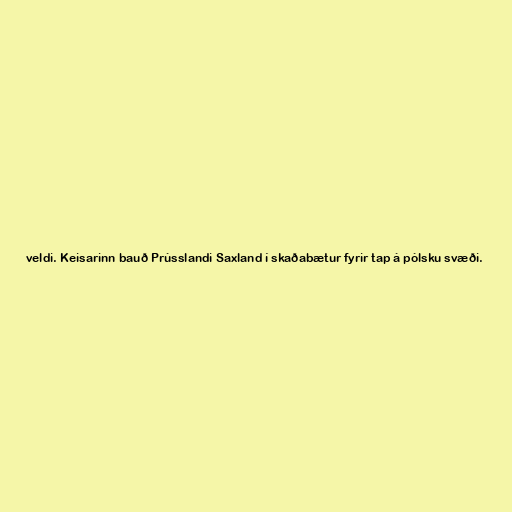
veldi. Keisarinn bauð Prússlandi Saxland í skaðabætur fyrir tap á pólsku svæði.